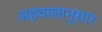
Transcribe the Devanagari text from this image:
अहवालानूसार